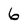
Character: 6